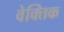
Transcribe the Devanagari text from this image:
वेक्तिक